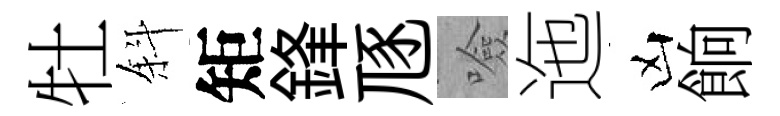
牡斜矩鋒豗噞迤凶餉